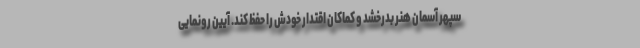
سپهر آسمان هنر بدرخشد و کماکان اقتدار خودش را حفظ کند. آیین رونمایی